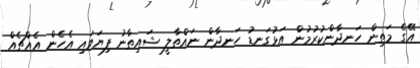
އޭގެ މަތިން ހަނދާންކުރުމުން އަޅުގަނޑު ހަނދާން ނައްތާލީ ޝައިޠާނު ފިޔަވައި އެހެން އެއްޗެއް